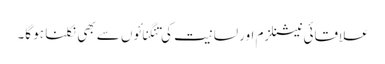
علاقائی نیشنلزم اور لسانیت کی تنگنائوں سے بھی نکلنا ہو گا۔